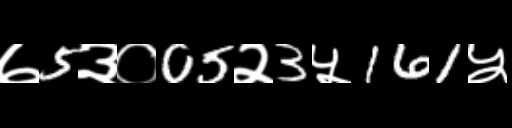
Text: ७5३०05२3५161५